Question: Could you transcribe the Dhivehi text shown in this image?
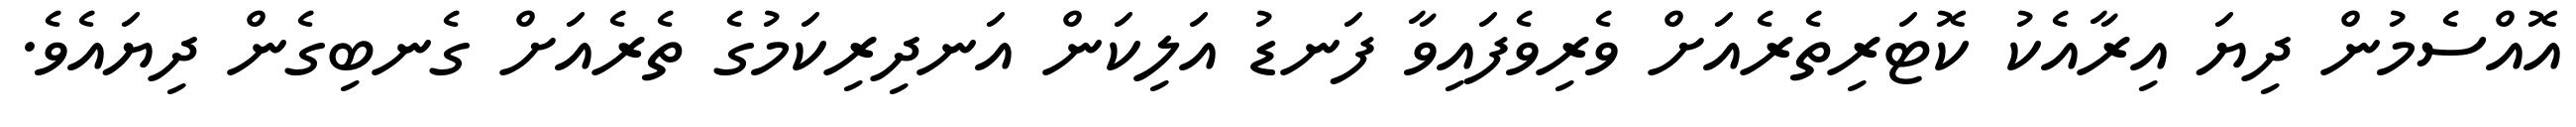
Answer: އޮއްސެމުން ދިޔަ އިރާއެކު ކޮޓަރިތެރެއަށް ވެރިވެފައިވާ ފަނޑު އަލިކަން އަނދިރިކަމުގެ ތެރެއަށް ގެނބިގެން ދިޔައެވެ.